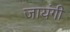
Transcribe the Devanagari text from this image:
जायंगी